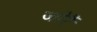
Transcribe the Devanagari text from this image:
जोरैं